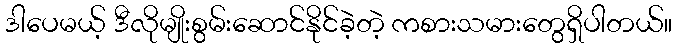
ဒါပေမယ့် ဒီလိုမျိုးစွမ်းဆောင်နိုင်ခဲ့တဲ့ ကစားသမားတွေရှိပါတယ်။